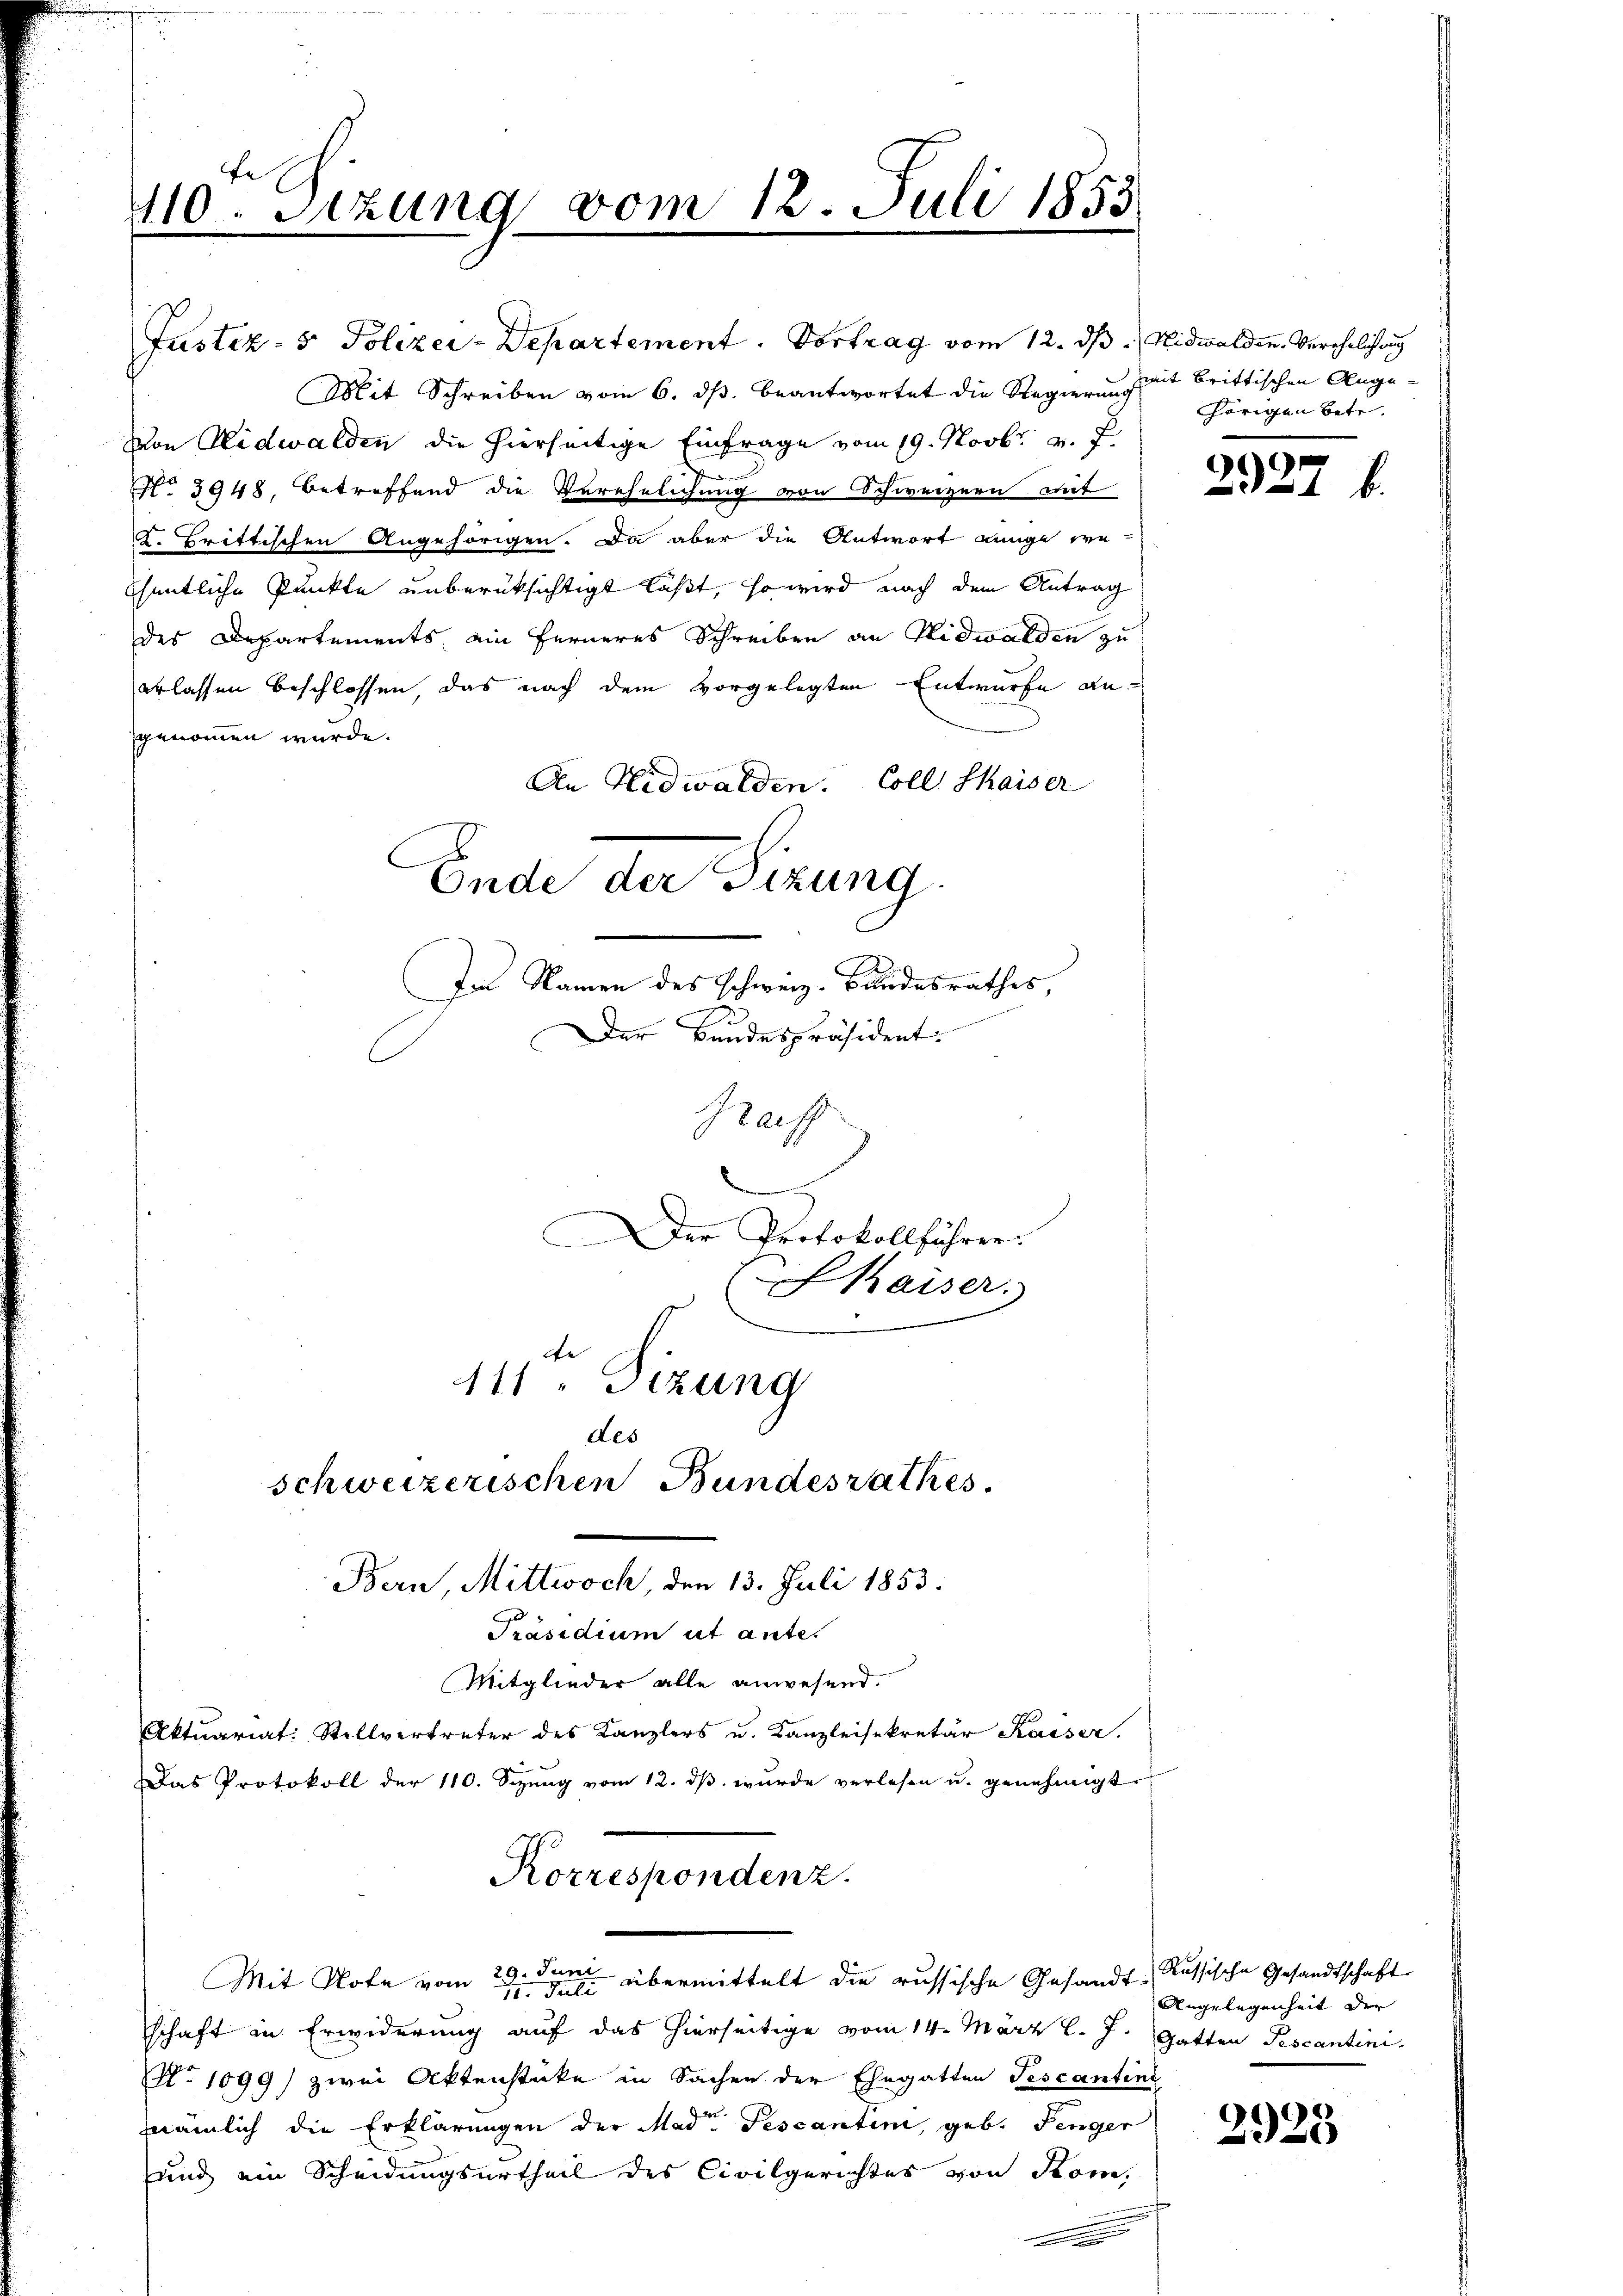
410. Sitzung vom 12. Juli 1853

Justiz- & Polizei-Departement. Vortrag vom 12. ds. Nidwalden, Verehelichung
Mit Schreiben vom 6. ds. beantwortet die Regierung mit brittischen Angevon Nidwalden die hierseitige Einfrage vom 19. Novbr. v. J.
No 3948, betreffend die Verehelichung von Schweizern mit
I. Trittischen Angehörigen. Da aber die Antwort einge se
fhentliche Punkte unberüksichtigt läßt, so wird nach dem Antrag
des Departements, ain ferneres Schreiben an Nidwalden zu
erlassen beschlossen, das nach dem vorgelegten Entwurfe angenommen würde.
An Nidwalden. Coll Thaiser
Ende der Sizung.
Im Namen des Schweiz. Bundesrathes,

Der Bundespräsident.
Graff
Der Protokollführer.
Kaiser.
111. Sizung
des
schweizerischen Bundesrathes.
Bern, Mittwoch, den 13. Juli 1853.

hörigen Betr.

Präsidium ut ante.
Mitglieder alle anwesend.
Aktuariat: Stellvertreter des Kanzlers u. Kanzleisekretär Kaiser.
Das Protokoll der 110. Sizung vom 12. ds wurde verlesen u. genehmigte
Korrespondenz.
Mit Note vom 29. Juni übermittelt die russische Gesandt Russische Gesandtschaft
711. Juli
schaft in Erwiderung auf das hierseitige vom 14. März l. J. Gatten Pescantini
No 1099) zwei Aktenstücke in Sachen der Ehegatten Tescantinu
nämlich die Erklärungen der Mad. Tescantini, geb. Penger
und ein Scheidungsurtheil des Civilgerichtes von Kom¬

292.

Angelegenheit der |

.
2320